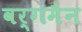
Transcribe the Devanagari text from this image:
वर्गमैन